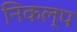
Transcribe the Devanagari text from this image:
निकल्प